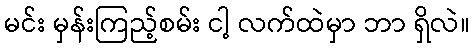
မင်း မှန်းကြည့်စမ်း ငါ့ လက်ထဲမှာ ဘာ ရှိလဲ။